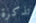
تذكرة